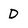
Character: D